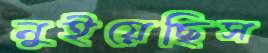
নুইয়েছিস